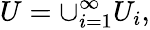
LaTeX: U=\cup_{i=1}^{\infty}U_{i},